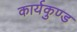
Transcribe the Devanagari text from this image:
कार्यकुण्ड